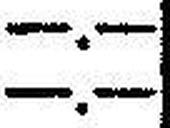
—.—